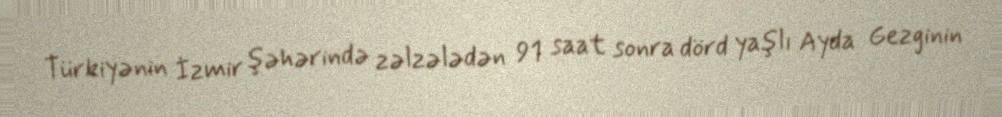
Türkiyənin İzmir şəhərində zəlzələdən 91 saat sonra dörd yaşlı Ayda Gezginin